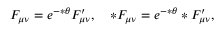
F _ { \mu \nu } = e ^ { - * \theta } F _ { \mu \nu } ^ { \prime } , \quad * F _ { \mu \nu } = e ^ { - * \theta } * F _ { \mu \nu } ^ { \prime } ,